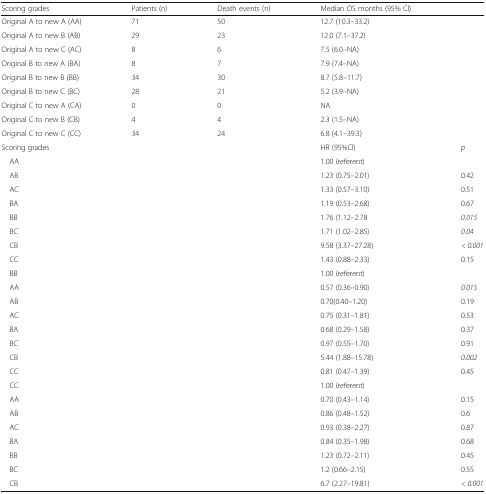
<table><thead><tr><td><b>Scoring grades</b></td><td><b>Patients (n)</b></td><td><b>Death events (n)</b></td><td><b>Median OS months (95% Cl)</b></td><td></td></tr></thead><tbody><tr><td>Original A to new A (AA)</td><td>71</td><td>50</td><td>12.7 (10.3–33.2)</td><td></td></tr><tr><td>Original A to new B (AB)</td><td>29</td><td>23</td><td>12.0 (7.1–37.2)</td><td></td></tr><tr><td>Original A to new C (AC)</td><td>8</td><td>6</td><td>7.5 (6.0–NA)</td><td></td></tr><tr><td>Original B to new A (BA)</td><td>8</td><td>7</td><td>7.9 (7.4–NA)</td><td></td></tr><tr><td>Original B to new B (BB)</td><td>34</td><td>30</td><td>8.7 (5.8–11.7)</td><td></td></tr><tr><td>Original B to new C (BC)</td><td>28</td><td>21</td><td>5.2 (3.9–NA)</td><td></td></tr><tr><td>Original C to new A (CA)</td><td>0</td><td>0</td><td>NA</td><td></td></tr><tr><td>Original C to new B (CB)</td><td>4</td><td>4</td><td>2.3 (1.5–NA)</td><td></td></tr><tr><td>Original C to new C (CC)</td><td>34</td><td>24</td><td>6.8 (4.1–39.3)</td><td></td></tr><tr><td colspan="3">Scoring grades</td><td>HR (95%Cl)</td><td><i>p</i></td></tr><tr><td colspan="3"> AA</td><td>1.00 (referent)</td><td></td></tr><tr><td colspan="3"> AB</td><td>1.23 (0.75–2.01)</td><td>0.42</td></tr><tr><td colspan="3"> AC</td><td>1.33 (0.57–3.10)</td><td>0.51</td></tr><tr><td colspan="3"> BA</td><td>1.19 (0.53–2.68)</td><td>0.67</td></tr><tr><td colspan="3"> BB</td><td>1.76 (1.12–2.78</td><td><i>0.015</i></td></tr><tr><td colspan="3"> BC</td><td>1.71 (1.02–2.85)</td><td><i>0.04</i></td></tr><tr><td colspan="3"> CB</td><td>9.58 (3.37–27.28)</td><td><i>&lt; 0.001</i></td></tr><tr><td colspan="3"> CC</td><td>1.43 (0.88–2.33)</td><td>0.15</td></tr><tr><td colspan="3"> BB</td><td>1.00 (referent)</td><td></td></tr><tr><td colspan="3"> AA</td><td>0.57 (0.36–0.90)</td><td><i>0.015</i></td></tr><tr><td colspan="3"> AB</td><td>0.70(0.40–1.20)</td><td>0.19</td></tr><tr><td colspan="3"> AC</td><td>0.75 (0.31–1.81)</td><td>0.53</td></tr><tr><td colspan="3"> BA</td><td>0.68 (0.29–1.58)</td><td>0.37</td></tr><tr><td colspan="3"> BC</td><td>0.97 (0.55–1.70)</td><td>0.91</td></tr><tr><td colspan="3"> CB</td><td>5.44 (1.88–15.78)</td><td><i>0.002</i></td></tr><tr><td colspan="3"> CC</td><td>0.81 (0.47–1.39)</td><td>0.45</td></tr><tr><td colspan="3"> CC</td><td>1.00 (referent)</td><td></td></tr><tr><td colspan="3"> AA</td><td>0.70 (0.43–1.14)</td><td>0.15</td></tr><tr><td colspan="3"> AB</td><td>0.86 (0.48–1.52)</td><td>0.6</td></tr><tr><td colspan="3"> AC</td><td>0.93 (0.38–2.27)</td><td>0.87</td></tr><tr><td colspan="3"> BA</td><td>0.84 (0.35–1.98)</td><td>0.68</td></tr><tr><td colspan="3"> BB</td><td>1.23 (0.72–2.11)</td><td>0.45</td></tr><tr><td colspan="3"> BC</td><td>1.2 (0.66–2.15)</td><td>0.55</td></tr><tr><td colspan="3"> CB</td><td>6.7 (2.27–19.81)</td><td><i>&lt; 0.001</i></td></tr></tbody></table>